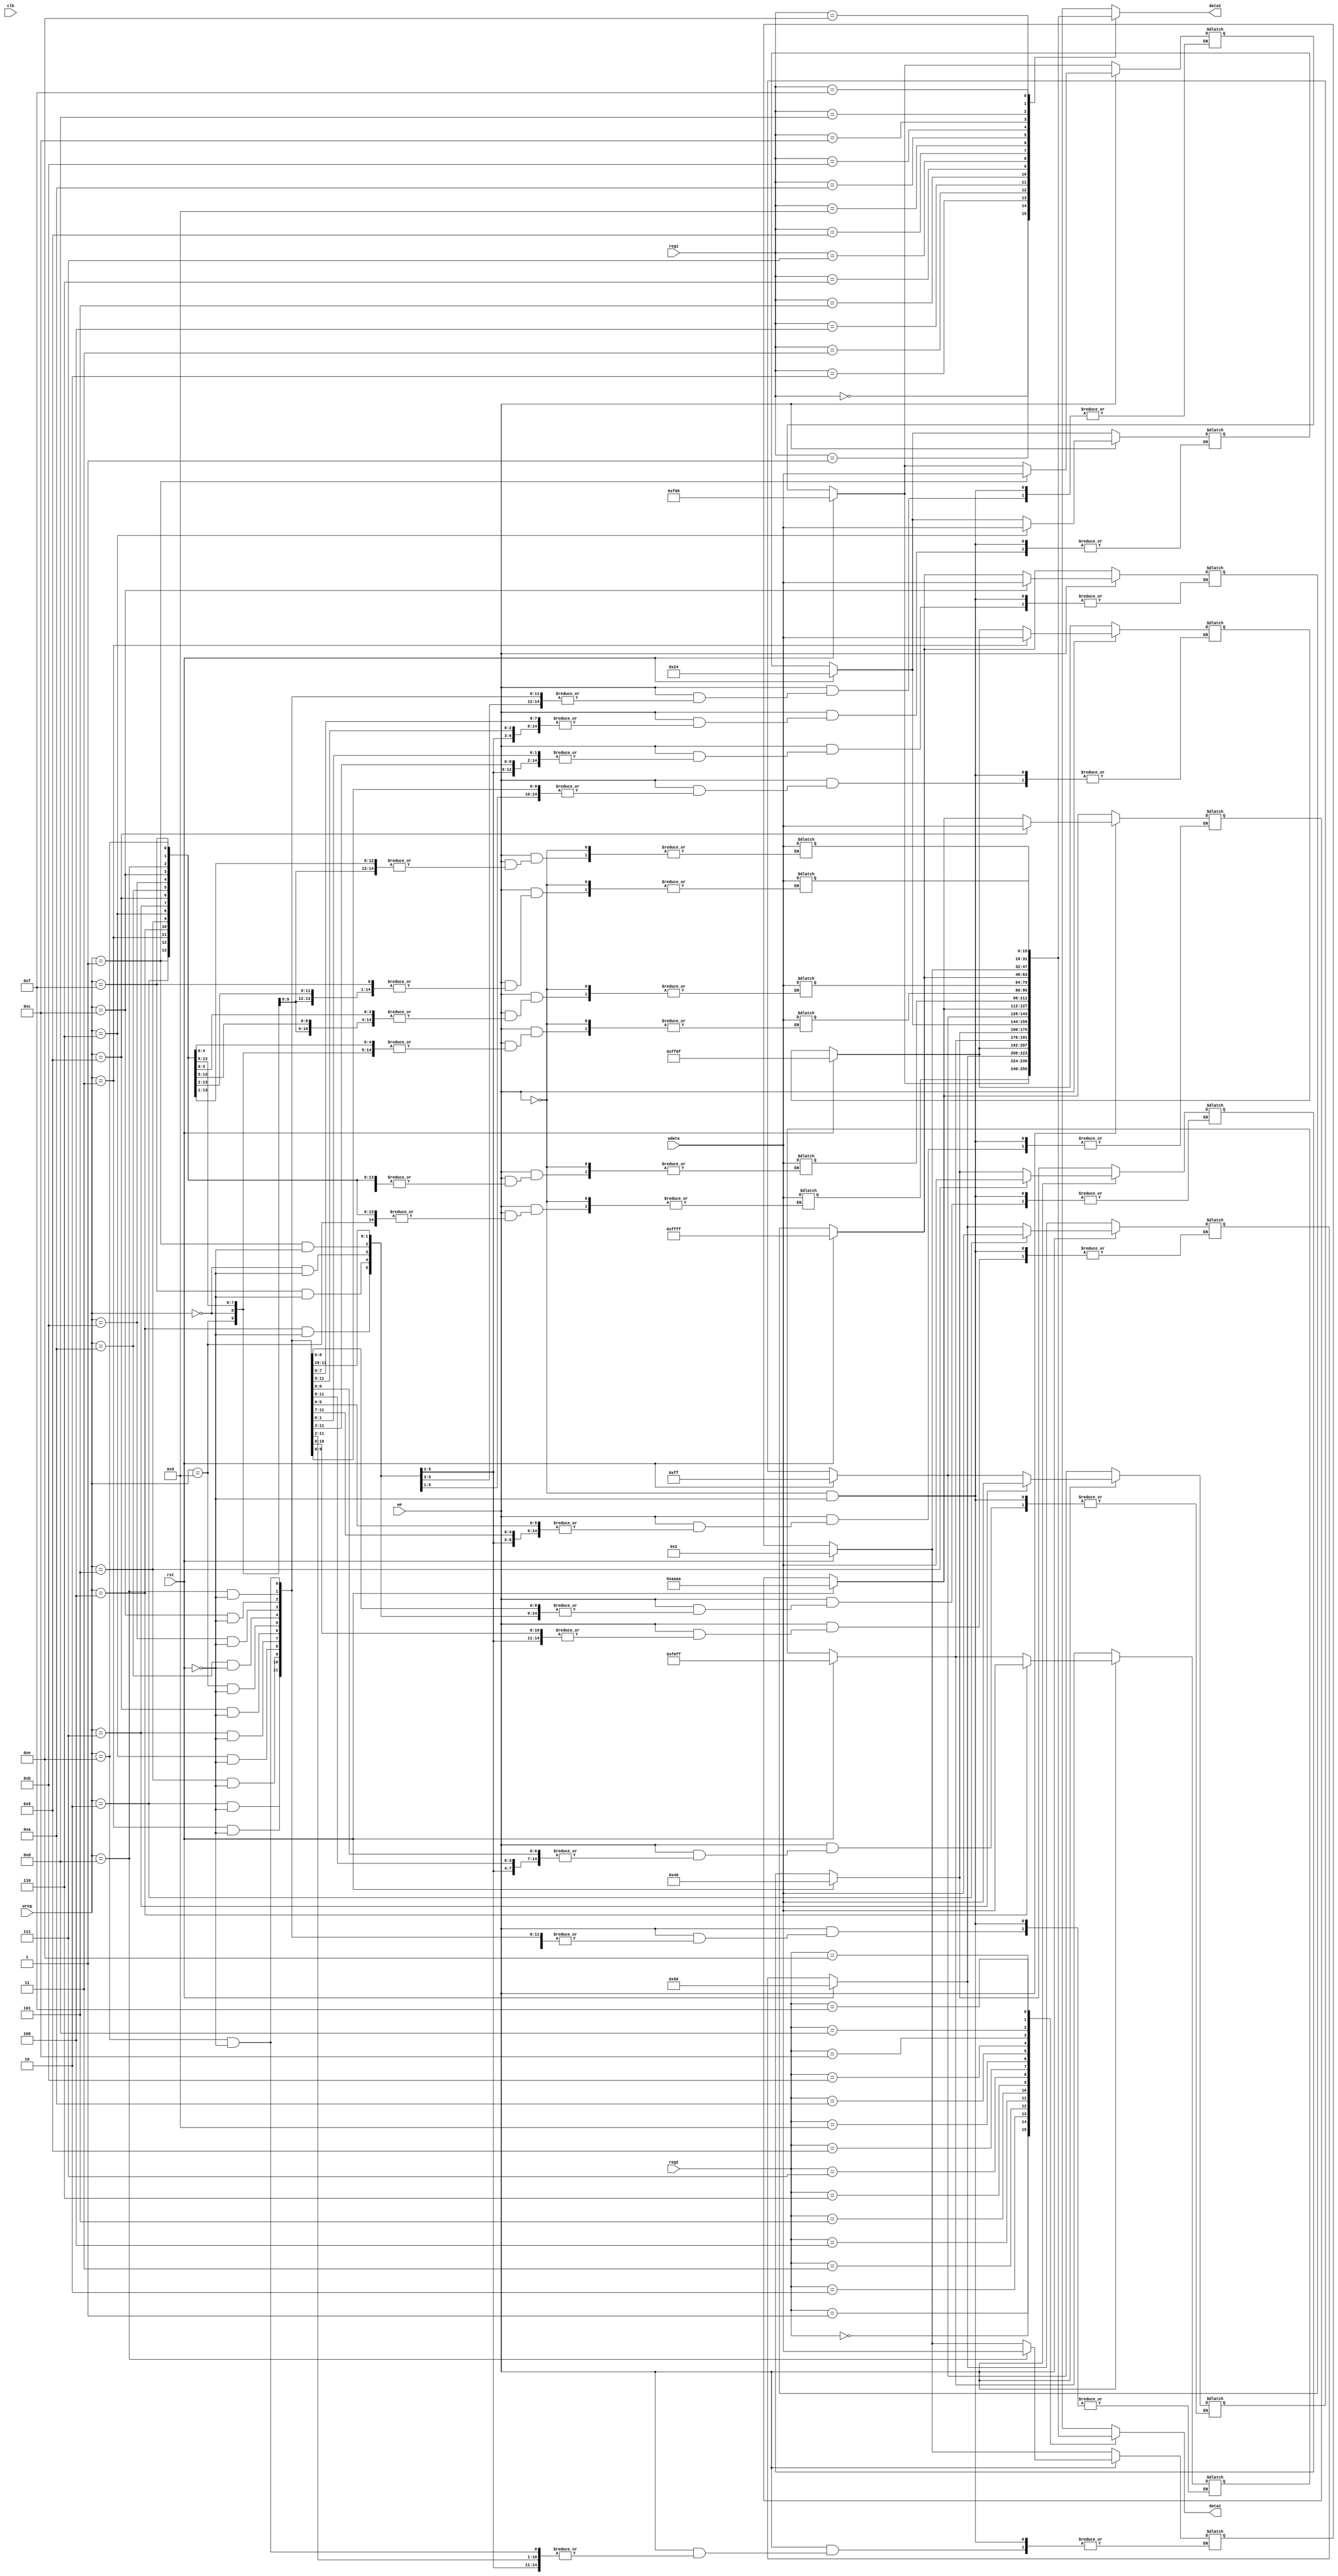
module Registers(reg1, reg2, data1, data2, wreg, wdata, we, clk, rst);
input [3:0] reg1, reg2, wreg;
input [15:0] wdata;
output [15:0] data1, data2;
input we, clk, rst;

reg [15:0] register[15:0];
reg [3:0] i;
reg[15:0] tempdata1, tempdata2;
assign data1 = tempdata1;
assign data2 = tempdata2;

always@(clk or reg1 or reg2)
begin
    if(rst)
    begin
    
        i <= 0;
        repeat(16)
        begin
         register[i] <= {{12{1'b0}}, (i+1)};
         i = i + 4'b0001;
       end 
    register[1] = 16'h0f00; 
    register[2] = 16'h0050;
    register[3] = 16'hff0f;
    register[4] = 16'hf0ff;
    register[5] = 16'h0040;
    register[6] = 16'h0024;
    register[7] = 16'h00ff;
    register[8] = 16'haaaa;
    register[12] = 16'hFFFF;
    register[13] = 16'h0002;
       
    end
    tempdata1 = register[reg2];
    tempdata2 = register[reg1];    
    
    
    if(we)
    begin
        register[wreg] = wdata;    
    end

end;



endmodule